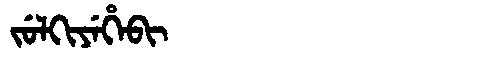
Manchu: ᠵᡠᠯᡴᡳᠶᡝᡥᡝᠪᡳ
Romanization: JULKIYEHEBI